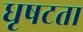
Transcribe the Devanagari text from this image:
धृषटता